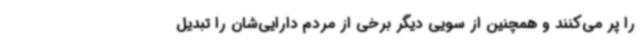
را پر می‌کنند و همچنین از سویی دیگر برخی از مردم دارایی‌شان را تبدیل